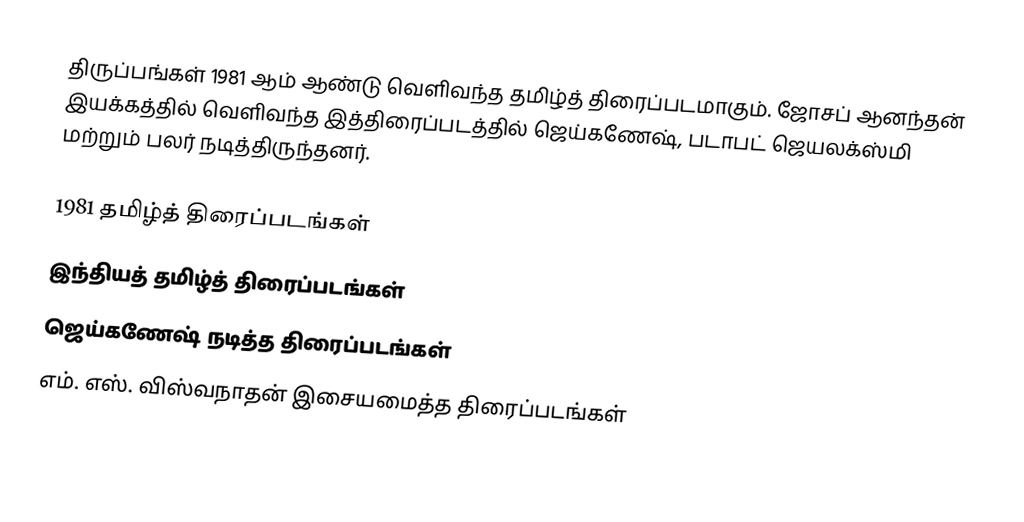
திருப்பங்கள் 1981 ஆம் ஆண்டு வெளிவந்த தமிழ்த் திரைப்படமாகும். ஜோசப் ஆனந்தன் இயக்கத்தில் வெளிவந்த இத்திரைப்படத்தில் ஜெய்கணேஷ், படாபட் ஜெயலக்ஸ்மி மற்றும் பலர் நடித்திருந்தனர்.

1981 தமிழ்த் திரைப்படங்கள்
இந்தியத் தமிழ்த் திரைப்படங்கள்
ஜெய்கணேஷ் நடித்த திரைப்படங்கள்
எம். எஸ். விஸ்வநாதன் இசையமைத்த திரைப்படங்கள்